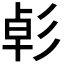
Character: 𢒛